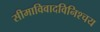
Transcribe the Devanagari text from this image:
सीमाविवादविनिश्चय